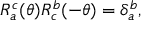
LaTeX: R _ { a } ^ { c } ( \theta ) R _ { c } ^ { b } ( - \theta ) = \delta _ { a } ^ { b } ,